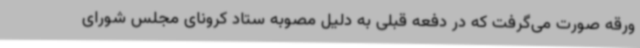
ورقه صورت می‌گرفت که در دفعه قبلی به دلیل مصوبه ستاد کرونای مجلس شورای